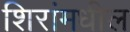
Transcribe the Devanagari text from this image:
शिरांमधील